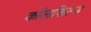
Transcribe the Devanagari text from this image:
कॉलफिल्ड